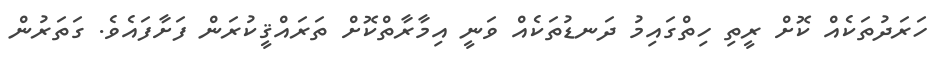
ހަރަދުތަކެއް ކޮށް ރީތި ހިތްގައިމު ދަނޑުތަކެއް ވަނީ އިމާރާތްކޮށް ތަރައްޤީކުރަން ފަށާފައެވެ. ގަތަރުން